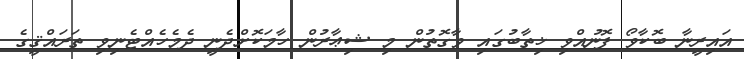
އައިރީނާ ބޮކާވޯ ފޮނުއްވި ޚިތާބުގައި ވާގޮތުން މި ޝިޢާރުން ހާމަކޮށްދެނީ ދެމެހެއްޓެނިވި ތަރައްޤީގެ